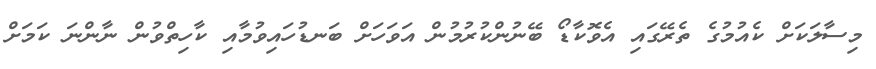
މިސާލަކަށް ކެއުމުގެ ތެރޭގައި އެވޮކާޑޯ ބޭނުންކުރުމުން އަވަހަށް ބަނޑުހައިވުމާއި ކާހިތްވުން ނާންނަ ކަމަށް